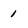
Character: 1